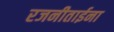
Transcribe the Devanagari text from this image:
रजनीताईना